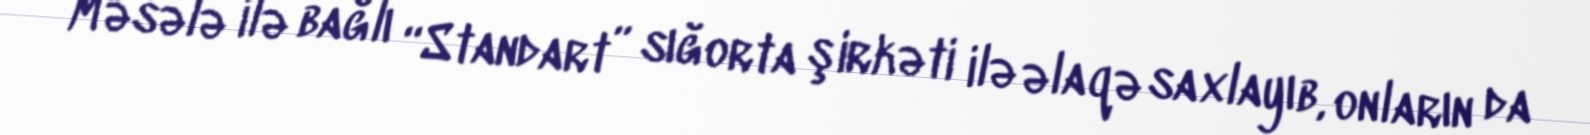
Məsələ ilə bağlı “Standart” sığorta şirkəti ilə əlaqə saxlayıb, onların da